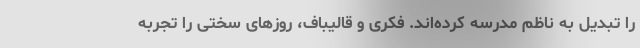
را تبدیل به ناظم مدرسه کرده‌اند. فکری و قالیباف، روزهای سختی را تجربه